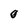
Character: 0